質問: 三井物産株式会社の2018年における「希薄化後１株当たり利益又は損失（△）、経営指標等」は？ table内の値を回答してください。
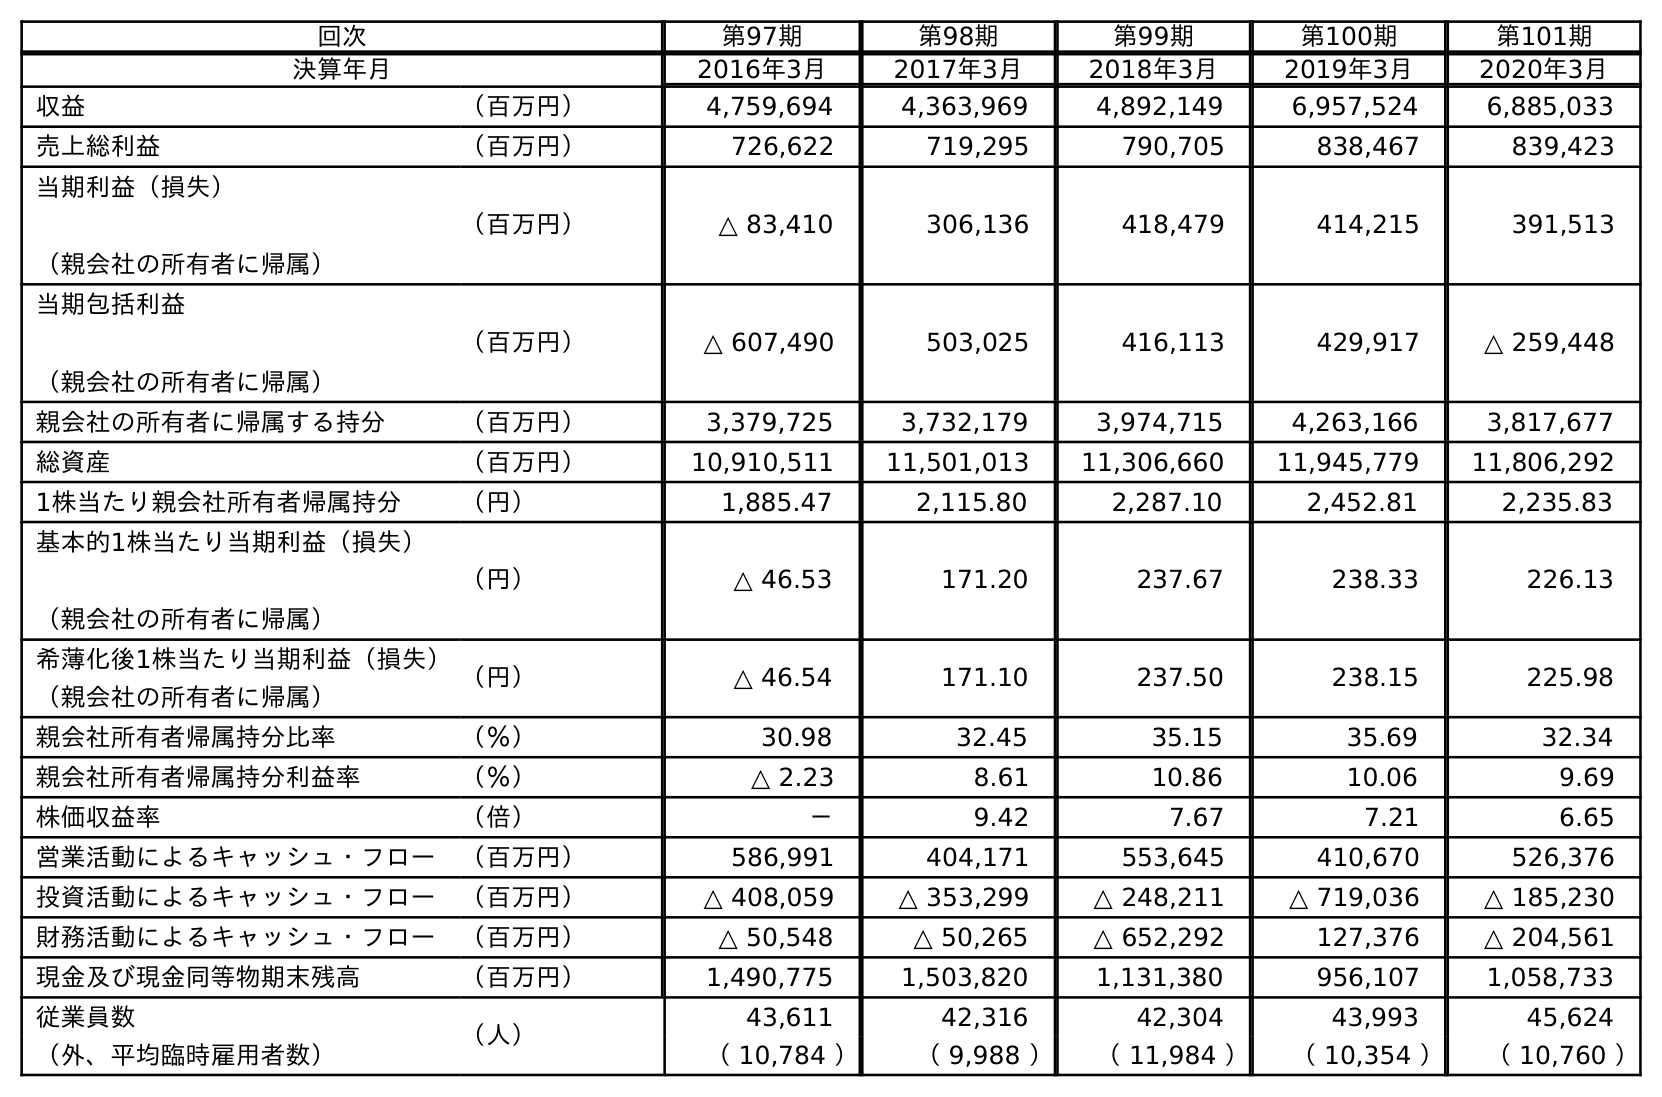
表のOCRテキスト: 回次 第97期 第98期 第99期 第100期 第101期 決算年月 2016年3月 2017年3月 2018年3月 2019年3月 2020年3月 収益 （百万円） 4,759,694 4,363,969 4,892,149 6,957,524 6,885,033 売上総利益 （百万円） 726,622 719,295 790,705 838,467 839,423 当期利益（損失） （親会社の所有者に帰属） （百万円） △ 83,410 306,136 418,479 414,215 391,513 当期包括利益 （親会社の所有者に帰属） （百万円） △ 607,490 503,025 416,113 429,917 △ 259,448 親会社の所有者に帰属する持分 （百万円） 3,379,725 3,732,179 3,974,715 4,263,166 3,817,677 総資産 （百万円） 10,910,511 11,501,013 11,306,660 11,945,779 11,806,292 1株当たり親会社所有者帰属持分 （円） 1,885.47 2,115.80 2,287.10 2,452.81 2,235.83 基本的1株当たり当期利益（損失） （親会社の所有者に帰属） （円） △ 46.53 171.20 237.67 238.33 226.13 希薄化後1株当たり当期利益（損失） （親会社の所有者に帰属） （円） △ 46.54 171.10 237.50 238.15 225.98 親会社所有者帰属持分比率 （％） 30.98 32.45 35.15 35.69 32.34 親会社所有者帰属持分利益率 （％） △ 2.23 8.61 10.86 10.06 9.69 株価収益率 （倍） － 9.42 7.67 7.21 6.65 営業活動によるキャッシュ・フロー （百万円） 586,991 404,171 553,645 410,670 526,376 投資活動によるキャッシュ・フロー （百万円） △ 408,059 △ 353,299 △ 248,211 △ 719,036 △ 185,230 財務活動によるキャッシュ・フロー （百万円） △ 50,548 △ 50,265 △ 652,292 127,376 △ 204,561 現金及び現金同等物期末残高 （百万円） 1,490,775 1,503,820 1,131,380 956,107 1,058,733 従業員数 （人） 43,611 42,316 42,304 43,993 45,624 （外、平均臨時雇用者数） （ 10,784 ） （ 9,988 ） （ 11,984 ） （ 10,354 ） （ 10,760 ）
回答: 237.50